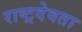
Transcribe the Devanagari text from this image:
राष्ट्रदेवता